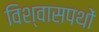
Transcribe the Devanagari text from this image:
विश्वासपथों